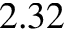
2 . 3 2